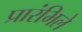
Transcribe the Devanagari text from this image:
प्रारंभिले